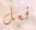
فعل